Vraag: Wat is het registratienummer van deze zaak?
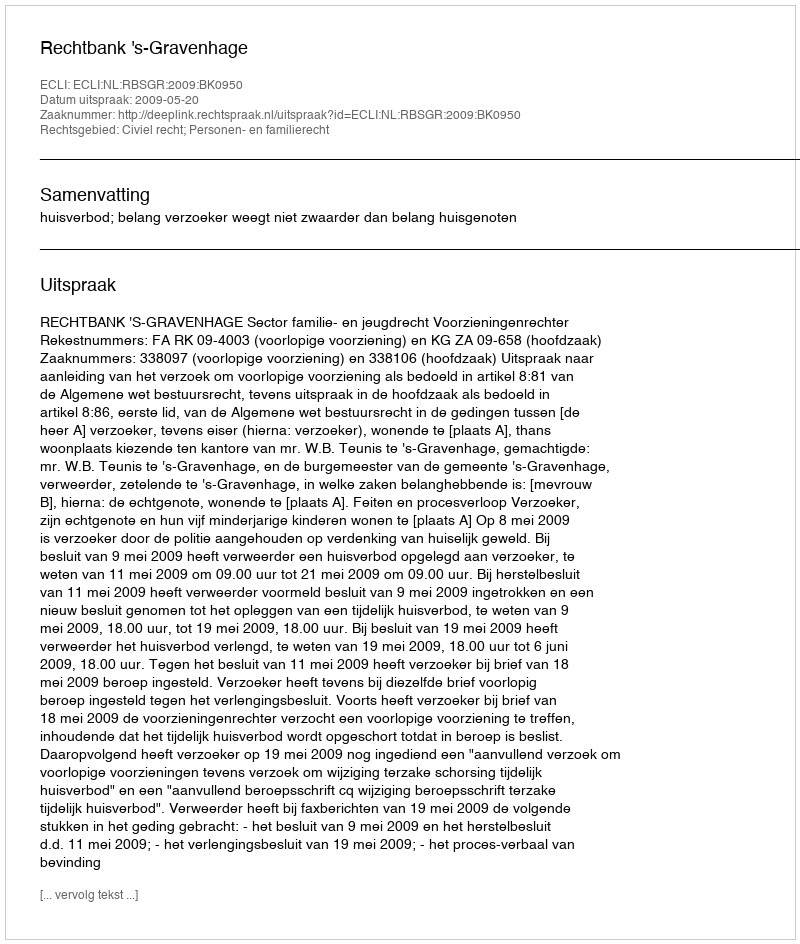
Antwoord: http://deeplink.rechtspraak.nl/uitspraak?id=ECLI:NL:RBSGR:2009:BK0950